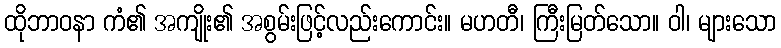
ထိုဘာဝနာ ကံ၏ အကျိုး၏ အစွမ်းဖြင့်လည်းကောင်း။ မဟတီ၊ ကြီးမြတ်သော။ ဝါ၊ များသော